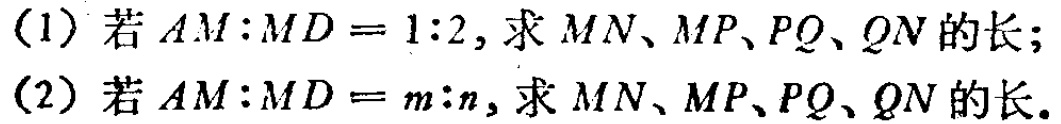
(1) 若 \(AM:MD = 1:2\)，求 \(MN、MP、PQ、QN\) 的长；

(2) 若 \(AM:MD = m:n\)，求 \(MN、MP、PQ、QN\) 的长。